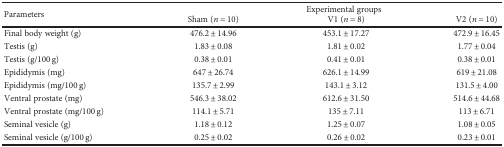
| <ROWSPAN=2> Parameters | <COLSPAN=3> Experimental groups |
 | Sham (n = 10) | V1 (n = 8) | V2 (n = 10) |
 | --- | --- | --- | --- |
 | Final body weight (g) | 476.2 ± 14.96 | 453.1 ± 17.27 | 472.9 ± 16.45 |
 | Testis (g) | 1.83 ± 0.08 | 1.81 ± 0.02 | 1.77 ± 0.04 |
 | Testis (g/100 g) | 0.38 ± 0.01 | 0.41 ± 0.01 | 0.38 ± 0.01 |
 | Epididymis (mg) | 647 ± 26.74 | 626.1 ± 14.99 | 619 ± 21.08 |
 | Epididymis (mg/100 g) | 135.7 ± 2.99 | 143.1 ± 3.12 | 131.5 ± 4.00 |
 | Ventral prostate (mg) | 546.3 ± 38.02 | 612.6 ± 31.50 | 514.6 ± 44.68 |
 | Ventral prostate (mg/100 g) | 114.1 ± 5.71 | 135 ± 7.11 | 113 ± 6.71 |
 | Seminal vesicle (g) | 1.18 ± 0.12 | 1.25 ± 0.07 | 1.08 ± 0.05 |
 | Seminal vesicle (g/100 g) | 0.25 ± 0.02 | 0.26 ± 0.02 | 0.23 ± 0.01 |